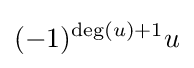
(-1)^{\deg(u)+1}u